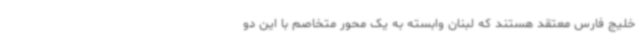
خلیج فارس معتقد هستند که لبنان وابسته به یک محور متخاصم با این دو